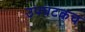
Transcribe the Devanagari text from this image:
उपघटकच